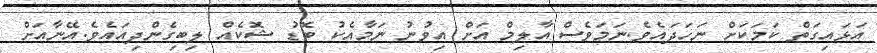
އަޅައިގަތް ކަމަކަށް ނަހަދައެވެ.ނަމަވެސް އާލިމް އަށް އިވުނު ނަމާއެކު ބޮޑު ޝޮކެއް ލިބިގެންދިއައެވެ.އޭނާއަށް